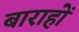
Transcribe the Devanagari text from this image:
बाराहों